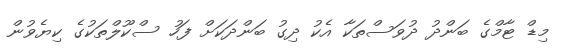
މިޑް ޓާމްގެ ބަންދު ދުވަސްތަކާ އެކު ދިގު ބަންދަކަށް ފަހު ސްކޫލްތަކުގެ ކިޔެވުން